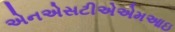
એનએસટીએએમઆઇ